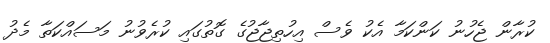
ކުރާން ޖެހުނު ކަންކަމާ އެކު ވެސް އިހުތިޖާޖުގެ ގޮތުގައި ކުރެވުނު މަސައްކަތާ މެދު